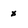
Character: x